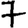
Digit: 7